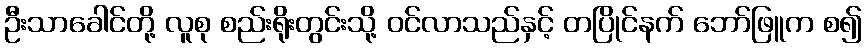
ဦးသာခေါင်တို့ လူစု စည်းရိုးတွင်းသို့ ဝင်လာသည်နှင့် တပြိုင်နက် ဘော်ဖြူက စ၍